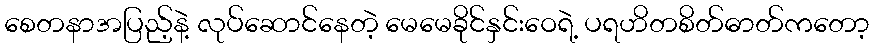
စေတနာအပြည့်နဲ့ လုပ်ဆောင်နေတဲ့ မေမေခိုင်နှင်းဝေရဲ့ ပရဟိတစိတ်ဓာတ်ကတော့